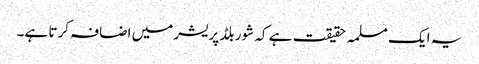
یہ ایک مسلمہ حقیقت ہے کہ شور بلڈ پریشر میں اضافہ کرتا ہے۔